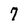
Character: 7